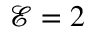
\mathcal { E } = 2